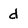
Character: d